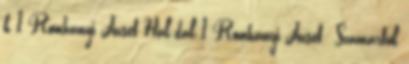
k 1 Romhányi József Hal-dal 1 Romhányi József: Szamárfül